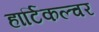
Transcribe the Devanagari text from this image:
हार्टिकल्चर